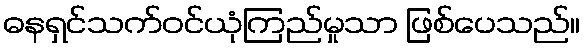
ဓနရှင်သက်ဝင်ယုံကြည်မှုသာ ဖြစ်ပေသည်။